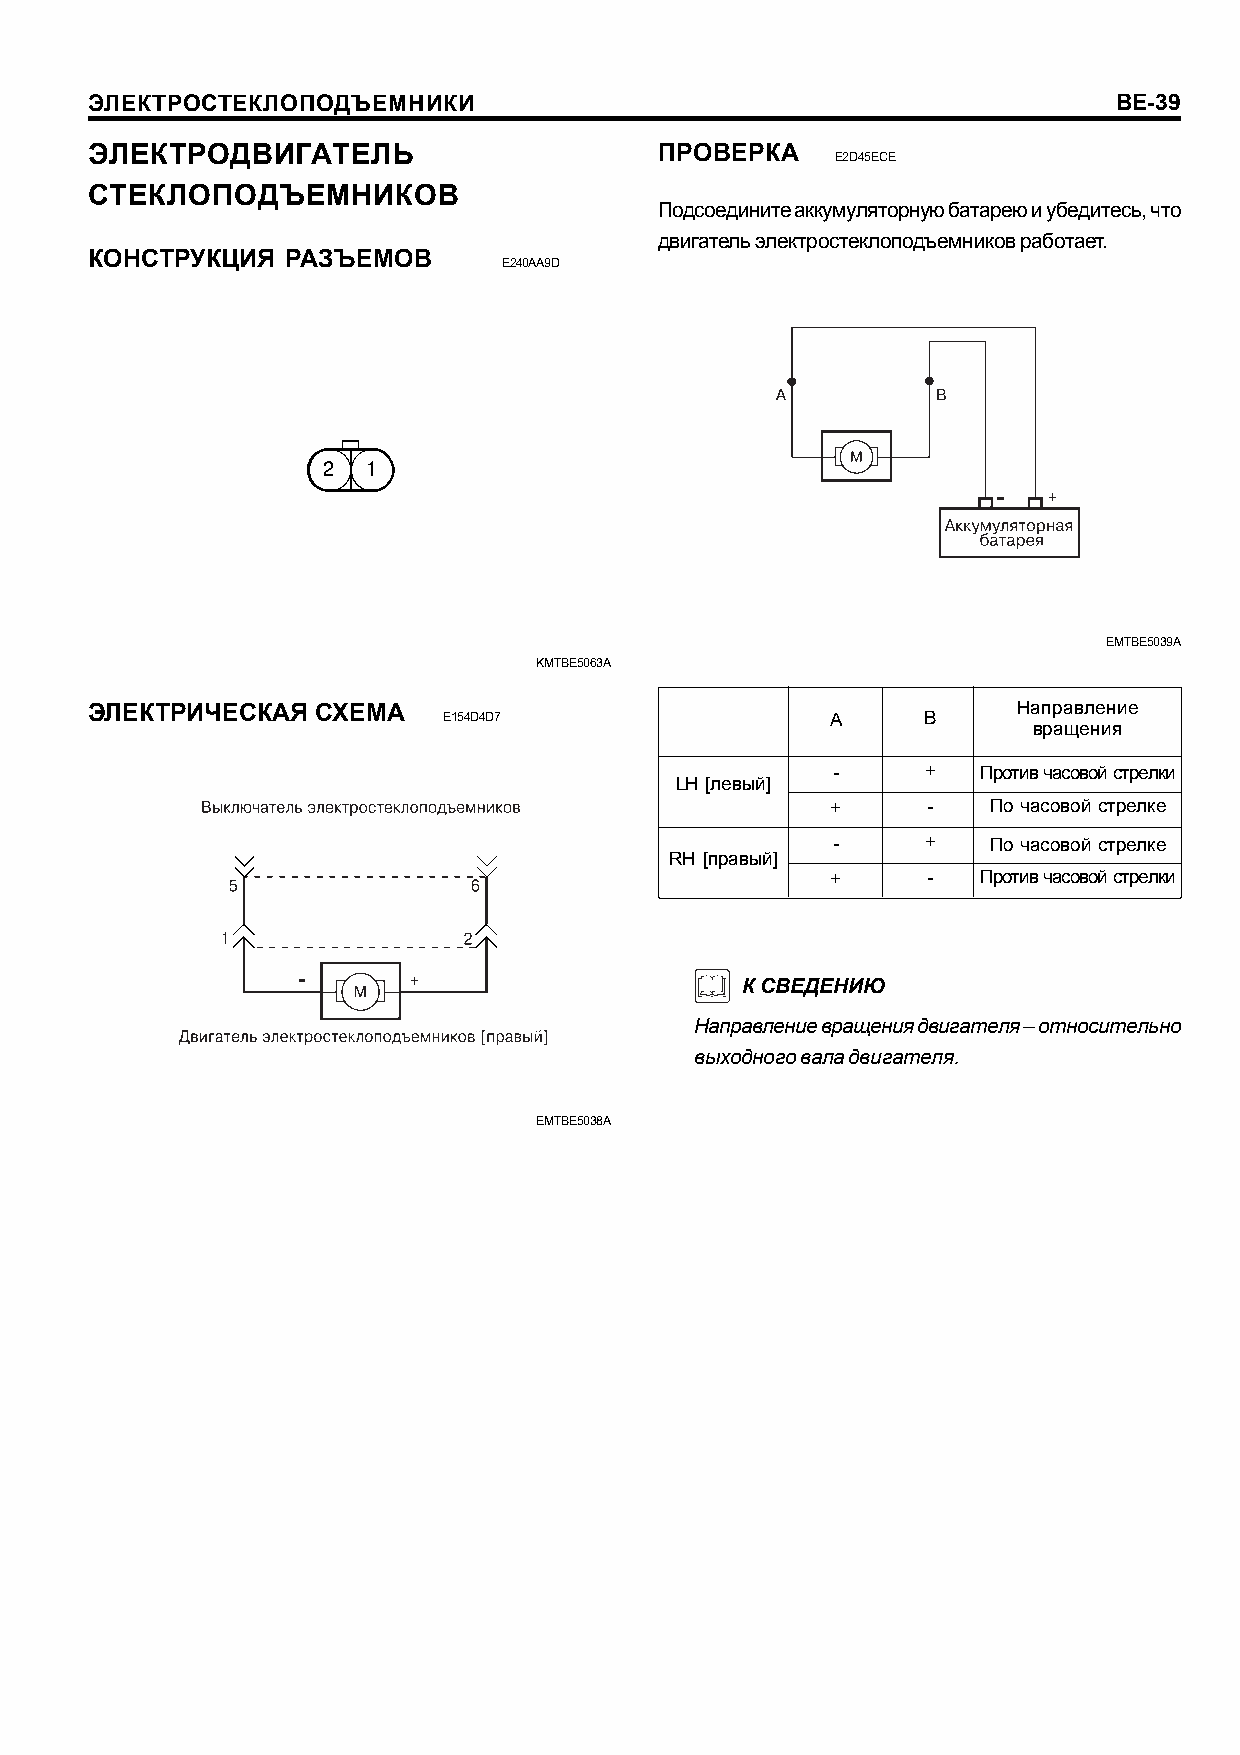
ÝËÅÊÒÐÎÑÒÅÊËÎÏÎÄÚÅÌÍÈÊÈ                                             BE-39
 ÝËÅÊÒÐÎÄÂÈÃÀÒÅËÜ                      ÏÐÎÂÅÐÊÀ
 E2D45ECE
 ÑÒÅÊËÎÏÎÄÚÅÌÍÈÊÎÂ
 Ïîäñîåäèíèòå àêêóìóëÿòîðíóþ áàòàðåþ è óáåäèòåñü, ÷òî
 äâèãàòåëü ýëåêòðîñòåêëîïîäúåìíèêîâ ðàáîòàåò.
 ÊÎÍÑÒÐÓÊÖÈß  ÐÀÇÚÅÌÎÂ
 E240AA9D
 EMTBE5039A
 KMTBE5063A
 ÝËÅÊÒÐÈ×ÅÑÊÀß  ÑÕÅÌÀ                                         Íàïðàâëåíèå
 E154D4D7                  A     B
 âðàùåíèÿ
 -     +   Ïðîòèâ ÷àñîâîé ñòðåëêè
 LH [ëåâûé]
 +     -   Ïî ÷àñîâîé ñòðåëêå
 -     +   Ïî ÷àñîâîé ñòðåëêå
 RH [ïðàâûé]
 +     -   Ïðîòèâ ÷àñîâîé ñòðåëêè
 Ê ÑÂÅÄÅÍÈÞ
 Íàïðàâëåíèå âðàùåíèÿ äâèãàòåëÿ – îòíîñèòåëüíî
 âûõîäíîãî âàëà äâèãàòåëÿ.
 EMTBE5038A